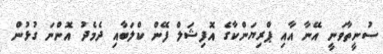
ސުނީތާވަނީ އޭނާ އާއި ޕްރިޔަންކާގެ އޮފިޝަލް ފޭން ކްލަބާއި ދެމެދު އޮންނަ ގުޅުން